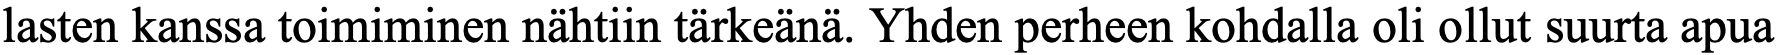
lasten kanssa toimiminen nähtiin tärkeänä. Yhden perheen kohdalla oli ollut suurta apua